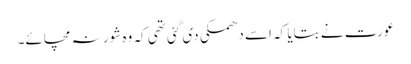
عورت نے بتایا کہ اسے دھمکی دی گئی تھی کہ وہ شور نہ مچائے۔